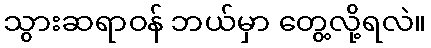
သွားဆရာဝန် ဘယ်မှာ တွေ့လို့ရလဲ။